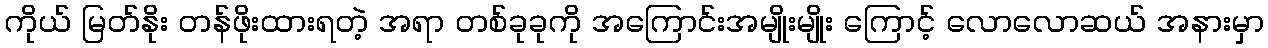
ကိုယ် မြတ်နိုး တန်ဖိုးထားရတဲ့ အရာ တစ်ခုခုကို အကြောင်းအမျိုးမျိုး ကြောင့် လောလောဆယ် အနားမှာ